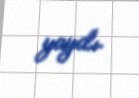
yaydı.